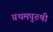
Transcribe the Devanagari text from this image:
प्रथमपुरुषी